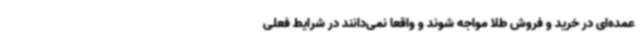
عمده‌ای در خرید و فروش طلا مواجه شوند و واقعا نمی‌دانند در شرایط فعلی